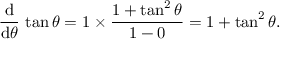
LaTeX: { \frac { \operatorname { d } } { \operatorname { d } \! \theta } } \, \tan \theta = 1 \times { \frac { 1 + \tan ^ { 2 } \theta } { 1 - 0 } } = 1 + \tan ^ { 2 } \theta .